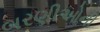
બરણીઓની